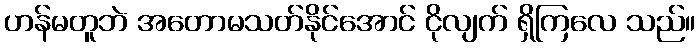
ဟန်မတူဘဲ အတောမသတ်နိုင်အောင် ငိုလျက် ရှိကြလေ သည်။